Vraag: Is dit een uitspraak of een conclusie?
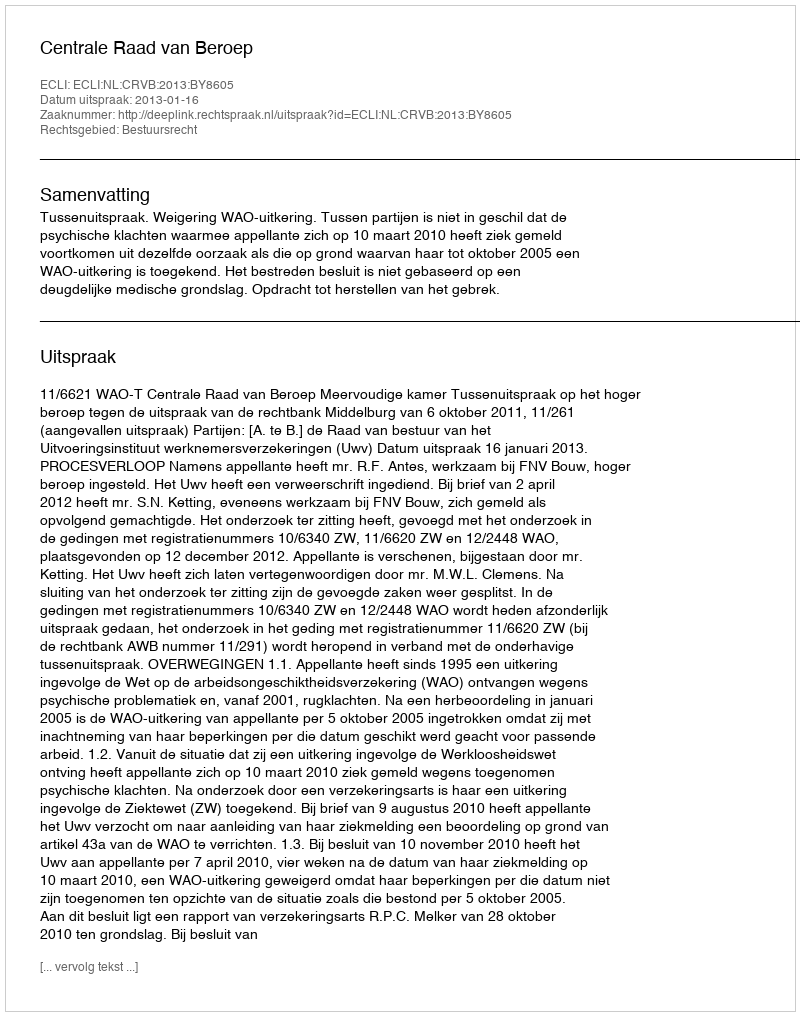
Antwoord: Uitspraak